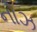
નોઝ